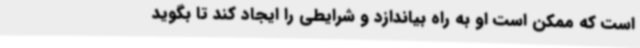
است که ممکن است او به راه بیاندازد و شرایطی را ایجاد کند تا بگوید